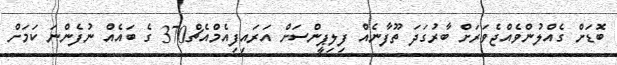
ބޮޑަށް ގެއްލުންވެއްޖެވަރަށް ބާރުގަދަ ތޫފާނެއް ފިލިޕީންސަށް އަރައިފިއެމްއެޗް370 ގެ ބައެއް ނުފެންނަ ކަމަށް